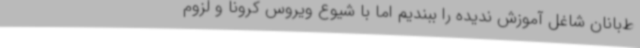
ط‌بانان شاغل آموزش ندیده را ببندیم اما با شیوع ویروس کرونا و لزوم